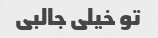
تو خیلی جالبی